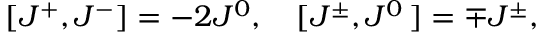
[ J ^ { + } , J ^ { - } ] = - 2 J ^ { 0 } , \quad [ J ^ { \pm } , J ^ { 0 } \, ] = \mp J ^ { \pm } ,